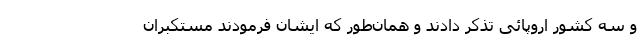
و سه کشور اروپائی تذکر دادند و همان‌طور که ایشان فرمودند مستکبران